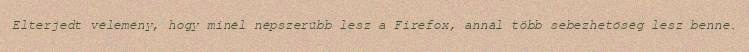
Elterjedt vélemény, hogy minél népszerűbb lesz a Firefox, annál több sebezhetőség lesz benne.